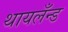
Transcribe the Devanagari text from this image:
थायलँन्ड